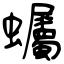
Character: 蠾